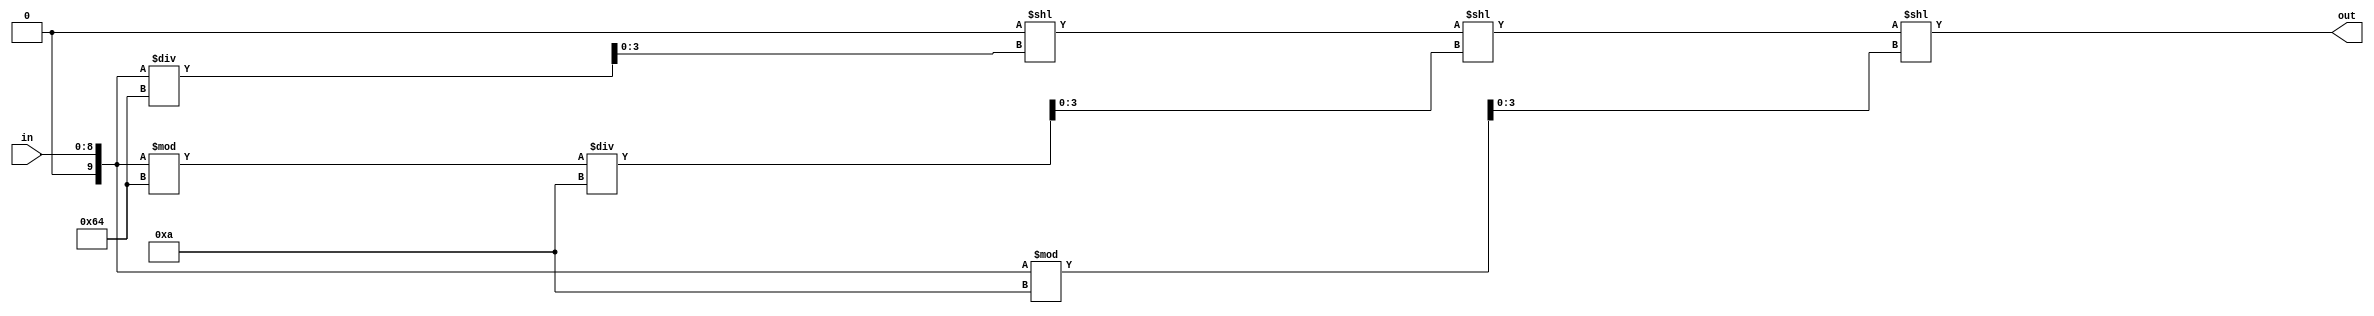
module binary_to_BCD(in,out);
parameter N=9;
input [N-1:0]in;
output reg [11:0]out;
reg [3:0] i0,i1,i2;
integer a;
always@(in)begin
   a=in;out=0;
	i0=a%10;
	i1=(a%100)/10;
	i2=a/100;
	out=out<<i2<<i1<<i0;
	end
endmodule